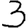
Digit: 3